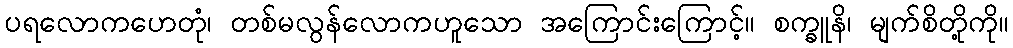
ပရလောကဟေတုံ၊ တစ်မလွန်လောကဟူသော အကြောင်းကြောင့်။ စက္ခူနိ၊ မျက်စိတို့ကို။